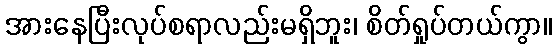
အားနေပြီးလုပ်စရာလည်းမရှိဘူး၊ စိတ်ရှုပ်တယ်ကွာ။